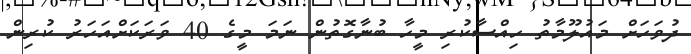
ދުވަހަށް މައުލޫމާތު ހިއްސާކުރި މީހާ ބުނާގޮތުން ނަމަ މީގެ 40 ވަރަކަށްއަހަރު ކުރިން